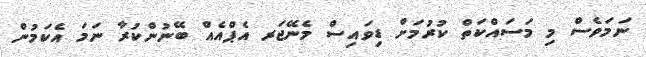
ނަމަވެސް މި މަސައްކަތް ކުރުމަށް ޑިވައިސް މެނޭޖަރ އެޕްއެއް ބޭނުންކުރާ ނަމަ އެކަމުން